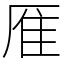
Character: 㕍